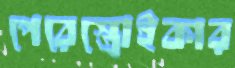
পেরেস্ত্রোইকার